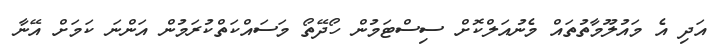
އަދި އެ މައުލޫމާތުތައް މެނުއަލްކޮށް ސިސްޓަމުން ހޯދޭތޯ މަސައްކަތްކުރަމުން އަންނަ ކަމަށް އޭނާ